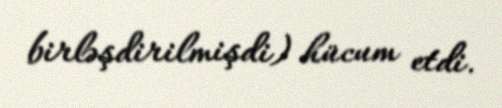
birləşdirilmişdi) hücum etdi.